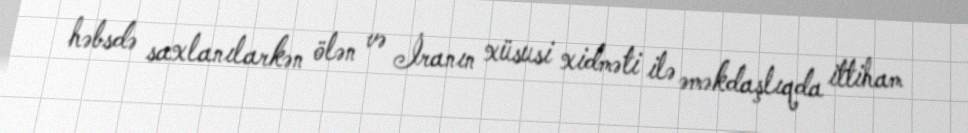
həbsdə saxlanılarkən ölən və İranın xüsusi xidməti ilə əməkdaşlıqda ittiham